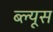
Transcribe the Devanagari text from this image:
ब्ल्यूस